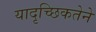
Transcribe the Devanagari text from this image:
यादृच्छिकतेने